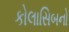
કોલાસિબનો